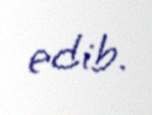
edib.